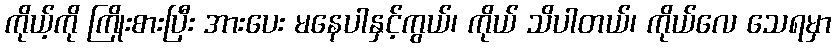
ကိုယ့်ကို ကြိုးစားပြီး အားပေး မနေပါနှင့်ကွယ်၊ ကိုယ် သိပါတယ်၊ ကိုယ်လေ သေရမှာ